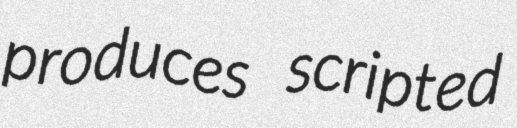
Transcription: produces scripted